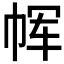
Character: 𫷅